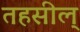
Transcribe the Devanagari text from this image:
तहसील्